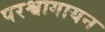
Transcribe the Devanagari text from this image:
परश्वागायन